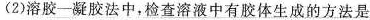
(2)溶胶一凝胶法中，检查溶液中有胶体生成的方法是